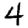
Digit: 4